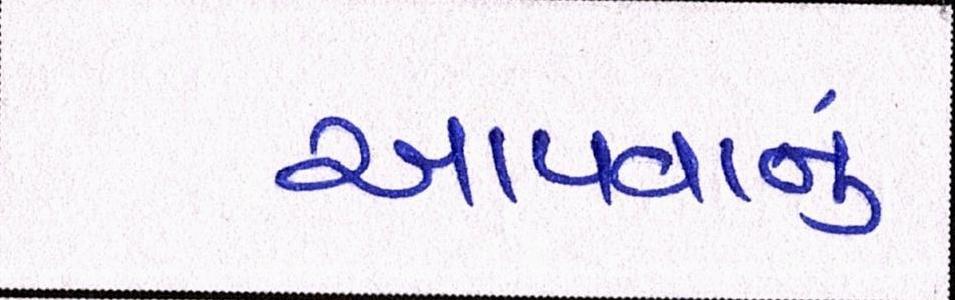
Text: આપવાનું